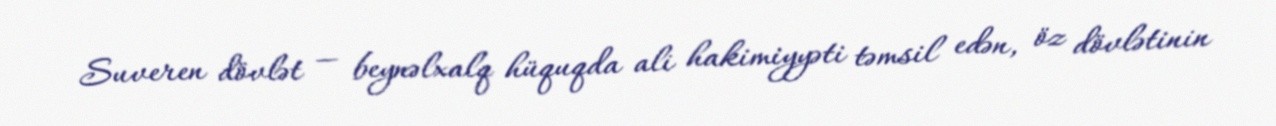
Suveren dövlət — beynəlxalq hüquqda ali hakimiyyəti təmsil edən, öz dövlətinin